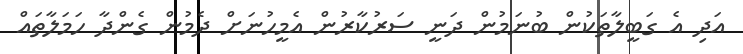
އަދި އެ ގަބީލާތަކުން ބުނަމުން ދަނީ ސަރުކާރުން އެމީހުނަށް ދެމުން ގެންދާ ހަމަލާތައް